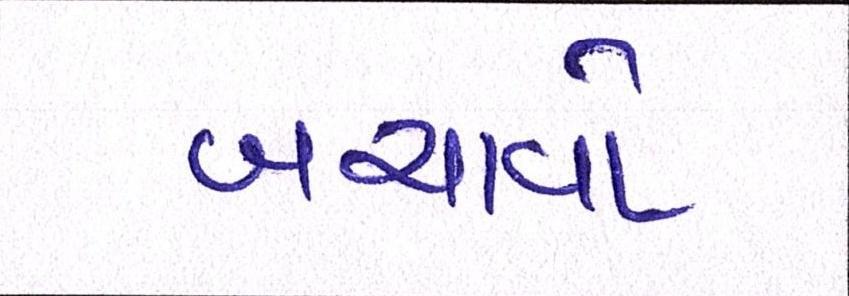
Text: બચાવો